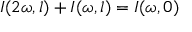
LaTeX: I ( 2 \omega , l ) + I ( \omega , l ) = I ( \omega , 0 )